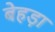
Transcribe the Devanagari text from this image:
बेहड़ा